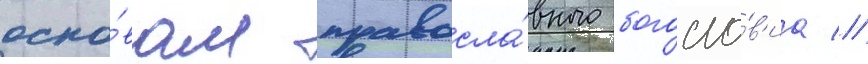
осно́вам правосла́вного богосло́в'иа //